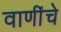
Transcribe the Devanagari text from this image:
वाणींचे